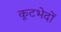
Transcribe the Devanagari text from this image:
कूटभेदों